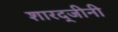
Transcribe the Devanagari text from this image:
शारद्जीनी